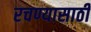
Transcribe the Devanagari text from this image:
रचण्यासाठी